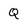
Character: Q